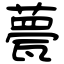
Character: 甍